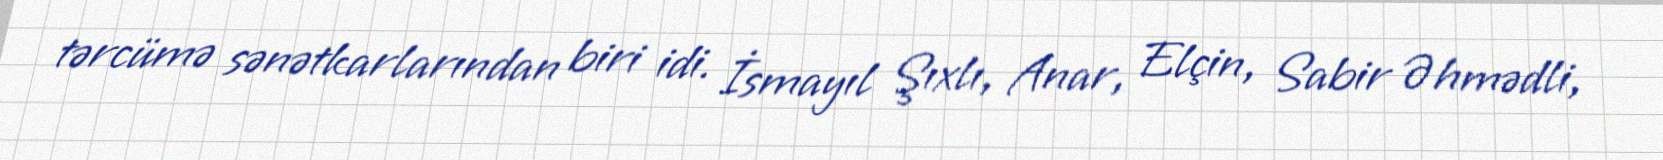
tərcümə sənətkarlarından biri idi. İsmayıl Şıxlı, Anar, Elçin, Sabir Əhmədli,